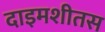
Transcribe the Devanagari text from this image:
दाइमशीतस